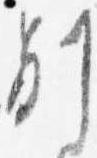
別